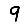
Digit: 9